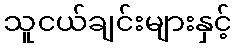
သူငယ်ချင်းများနှင့်